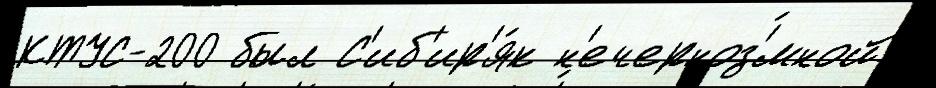
КТУС-200 был С'иб'ир'я́к н'ечерноз'́мной